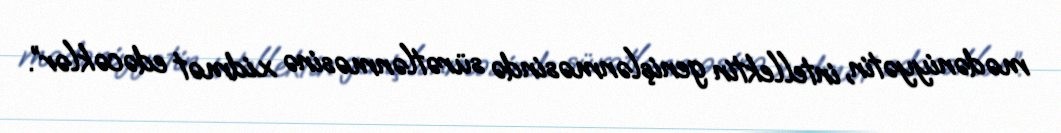
mədəniyyətin, intellektin genişlənməsində sürətlənməsinə xidmət edəcəklər”.